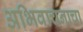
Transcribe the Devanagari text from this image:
अभिवाचनाचा